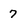
Character: 7